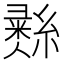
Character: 𦄳